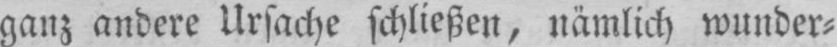
ganz andere Ursache schließen, nämlich wunder⸗